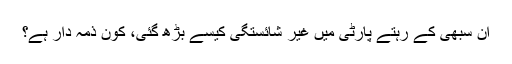
ان سبھی کے رہتے پارٹی میں غیر شائستگی کیسے بڑھ گئی، کون ذمہ دار ہے؟